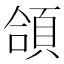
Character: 頜